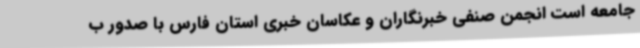
جامعه است انجمن صنفی خبرنگاران و عکاسان خبری استان فارس با صدور ب